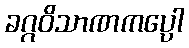
ခဂ္ဂဝိသာဏကပ္ပေါ